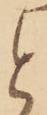
と